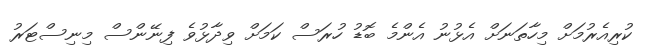
ކުރިއެރުމަށް މިހާތަނަށް އެޅުނު އެންމެ ބޮޑު ހުރަސް ކަމަށް ވިދާޅުވެ ފިނޭންސް މިނިސްޓަރު